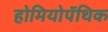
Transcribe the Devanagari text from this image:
होमियोपॅथिक